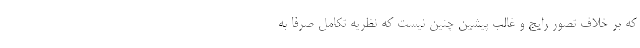
كه بر خلاف تصور رايج و غالب پيشين چنين نيست كه نظريه تكامل صرفا به